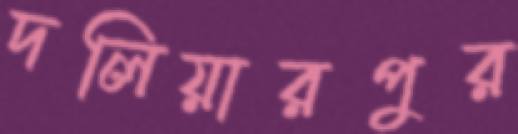
দলিয়ারপুর